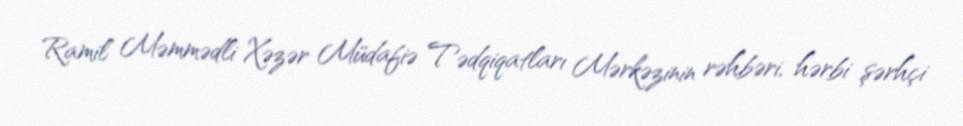
Ramil Məmmədli Xəzər Müdafiə Tədqiqatları Mərkəzinin rəhbəri, hərbi şərhçi